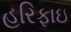
હરિફાઇ